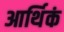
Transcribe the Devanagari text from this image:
आर्थिकं